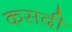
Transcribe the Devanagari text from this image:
कसदी